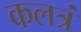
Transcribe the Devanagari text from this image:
कलत्रं